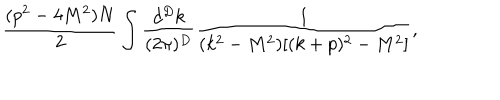
LaTeX: \frac { ( p ^ { 2 } - 4 M ^ { 2 } ) N } 2 \int \frac { d ^ { D } k } { ( 2 \pi ) ^ { D } } \frac { 1 } { ( k ^ { 2 } - M ^ { 2 } ) [ ( k + p ) ^ { 2 } - M ^ { 2 } ] } ,